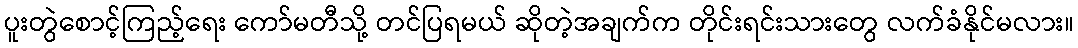
ပူးတွဲစောင့်ကြည့်ရေး ကော်မတီသို့ တင်ပြရမယ် ဆိုတဲ့အချက်က တိုင်းရင်းသားတွေ လက်ခံနိုင်မလား။